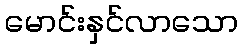
မောင်းနှင်လာသော